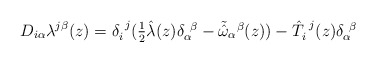
\begin{align*}D_{i\alpha}\lambda^{j\beta}(z)=\delta_{i}^{~j}(\textstyle{\frac{1}{2}}\hat{\lambda}(z)\delta^{~\beta}_{\alpha}-\tilde{\hat{\omega}}_{\alpha}{}^{\beta}(z))-\hat{T}^{~j}_{i}(z)\delta^{~\beta}_{\alpha}\end{align*}